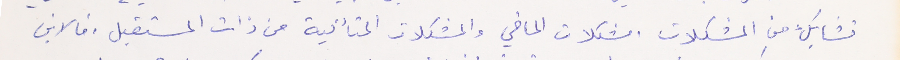
تشابك من المشكلات. مشكلات الماضي والمشكلات المتأتية من ذات المستقبل .فالابن